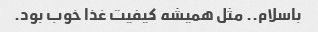
باسلام.. مثل همیشه کیفیت غذا خوب بود.